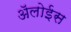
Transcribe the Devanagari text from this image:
ॲलोईस